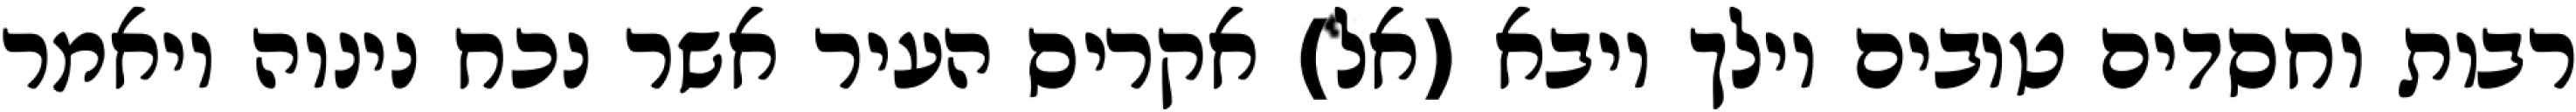
רבות וחסדים טובים וילך ויבא (אל) אקריס העיר אשר נכח נינוה ויאמר